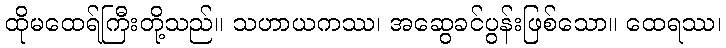
ထိုမထေရ်ကြီးတို့သည်။ သဟာယကဿ၊ အဆွေခင်ပွန်းဖြစ်သော။ ထေရဿ၊